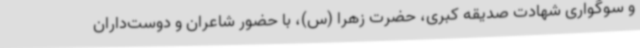
و سوگواری شهادت صدیقه کبری، حضرت زهرا (س)، با حضور شاعران و دوست‌داران